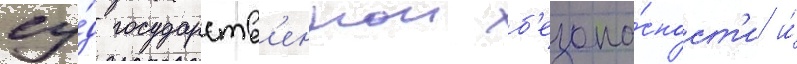
су́д государств'еннои б'езопа́сност'и и́